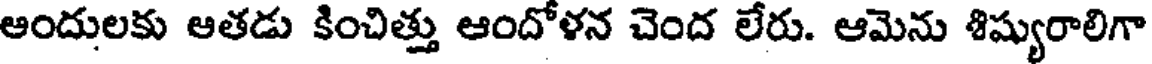
ఆందులకు ఆతడు కించిత్తు ఆందోళన చెంద లేరు. ఆమెను శిష్యురాలిగా